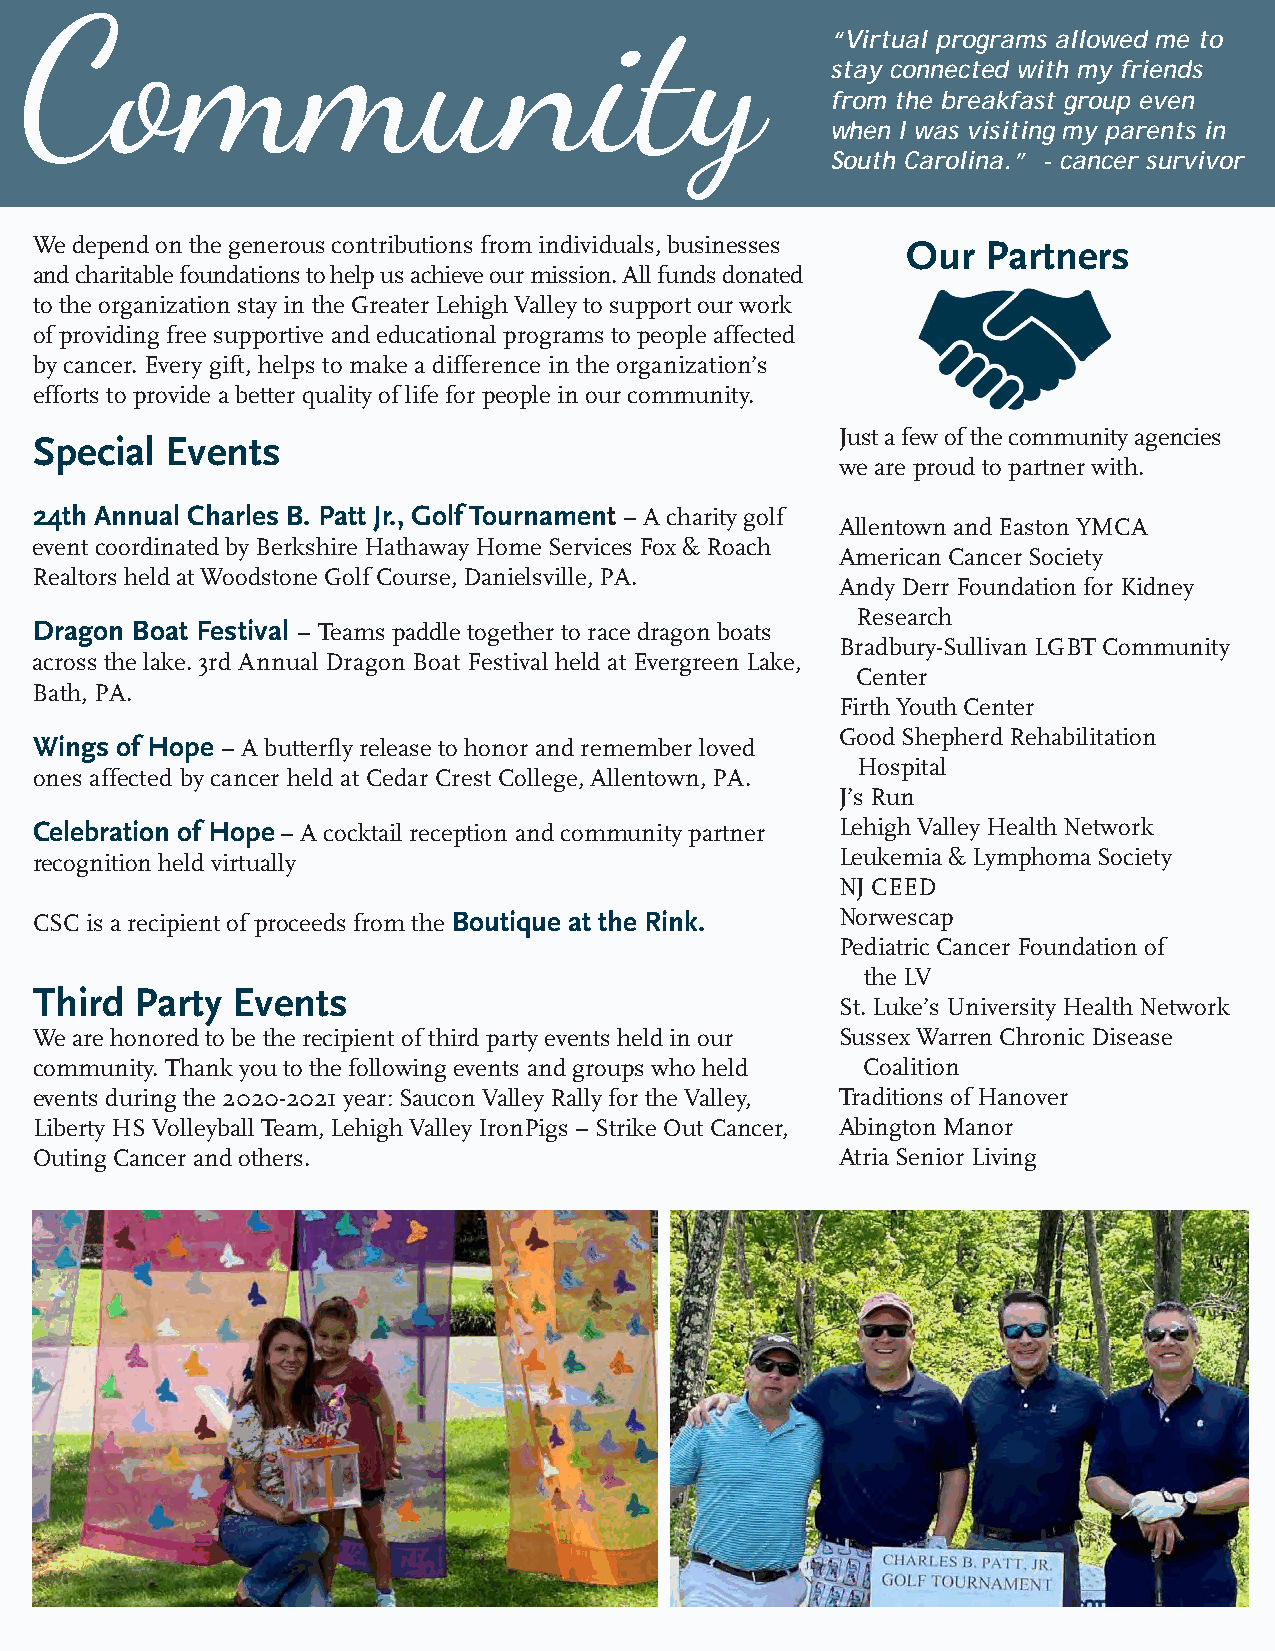
Community
 “Virtual programs allowed me to
 “This was my only social connection during
 stay connected with my friends
 quarantine. These programs helped me stay
 from the breakfast group even
 sane while I was otherwise isolated.”
 when I was visiting my parents in
 - cancer survivor
 South Carolina.” - cancer survivor
 We depend on the generous contributions from individuals, businesses Our Partners
 and charitable foundations to help us achieve our mission. All funds donated
 to the organization stay in the Greater Lehigh Valley to support our work
 of providing free supportive and educational programs to people affected
 by cancer. Every gift, helps to make a difference in the organization’s
 efforts to provide a better quality of life for people in our community.
 Just a few of the community agencies
 Special  Events
 we are proud to partner with.
 24th Annual Charles B. Patt Jr., Golf Tournament – A charity golf
 Allentown and Easton YMCA
 event coordinated by Berkshire Hathaway Home Services Fox & Roach
 American Cancer Society
 Realtors held at Woodstone Golf Course, Danielsville, PA.
 Andy Derr Foundation for Kidney
 Research
 Dragon Boat Festival – Teams paddle together to race dragon boats
 Bradbury-Sullivan LGBT Community
 across the lake. 3rd Annual Dragon Boat Festival held at Evergreen Lake,
 Center
 Bath, PA.
 Firth Youth Center
 Good Shepherd Rehabilitation
 Wings of Hope – A butterfly release to honor and remember loved
 Hospital
 ones affected by cancer held at Cedar Crest College, Allentown, PA.
 J’s Run
 Celebration of Hope – A cocktail reception and community partner Lehigh Valley Health Network
 recognition held virtually                            Leukemia & Lymphoma Society
 NJ CEED
 CSC is a recipient of proceeds from the Boutique at the Rink. Norwescap
 Pediatric Cancer Foundation of
 the LV
 Third  Party Events
 St. Luke’s University Health Network
 We are honored to be the recipient of third party events held in our Sussex Warren Chronic Disease
 community. Thank you to the following events and groups who held Coalition
 events during the 2020-2021 year: Saucon Valley Rally for the Valley, Traditions of Hanover
 Liberty HS Volleyball Team, Lehigh Valley IronPigs – Strike Out Cancer, Abington Manor
 Outing Cancer and others.                             Atria Senior Living
 3,055 658 893 29,549
 Facebook Twitter Instagram Webpage Views